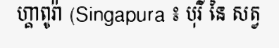
ហ្គាពូរ៉ា (Singapura ៖ បុរី នៃ សត្វ